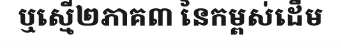
ឬស្មើ២ភាគ៣ នៃកម្ពស់ដើម